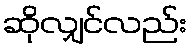
ဆိုလျှင်လည်း